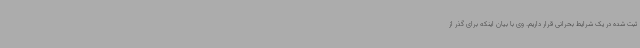
ثبت شده در یک شرایط بحرانی قرار داریم. وی با بیان اینکه برای گذر از